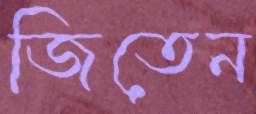
জিতেন